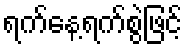
ရက်နေ့ရက်စွဲဖြင့်